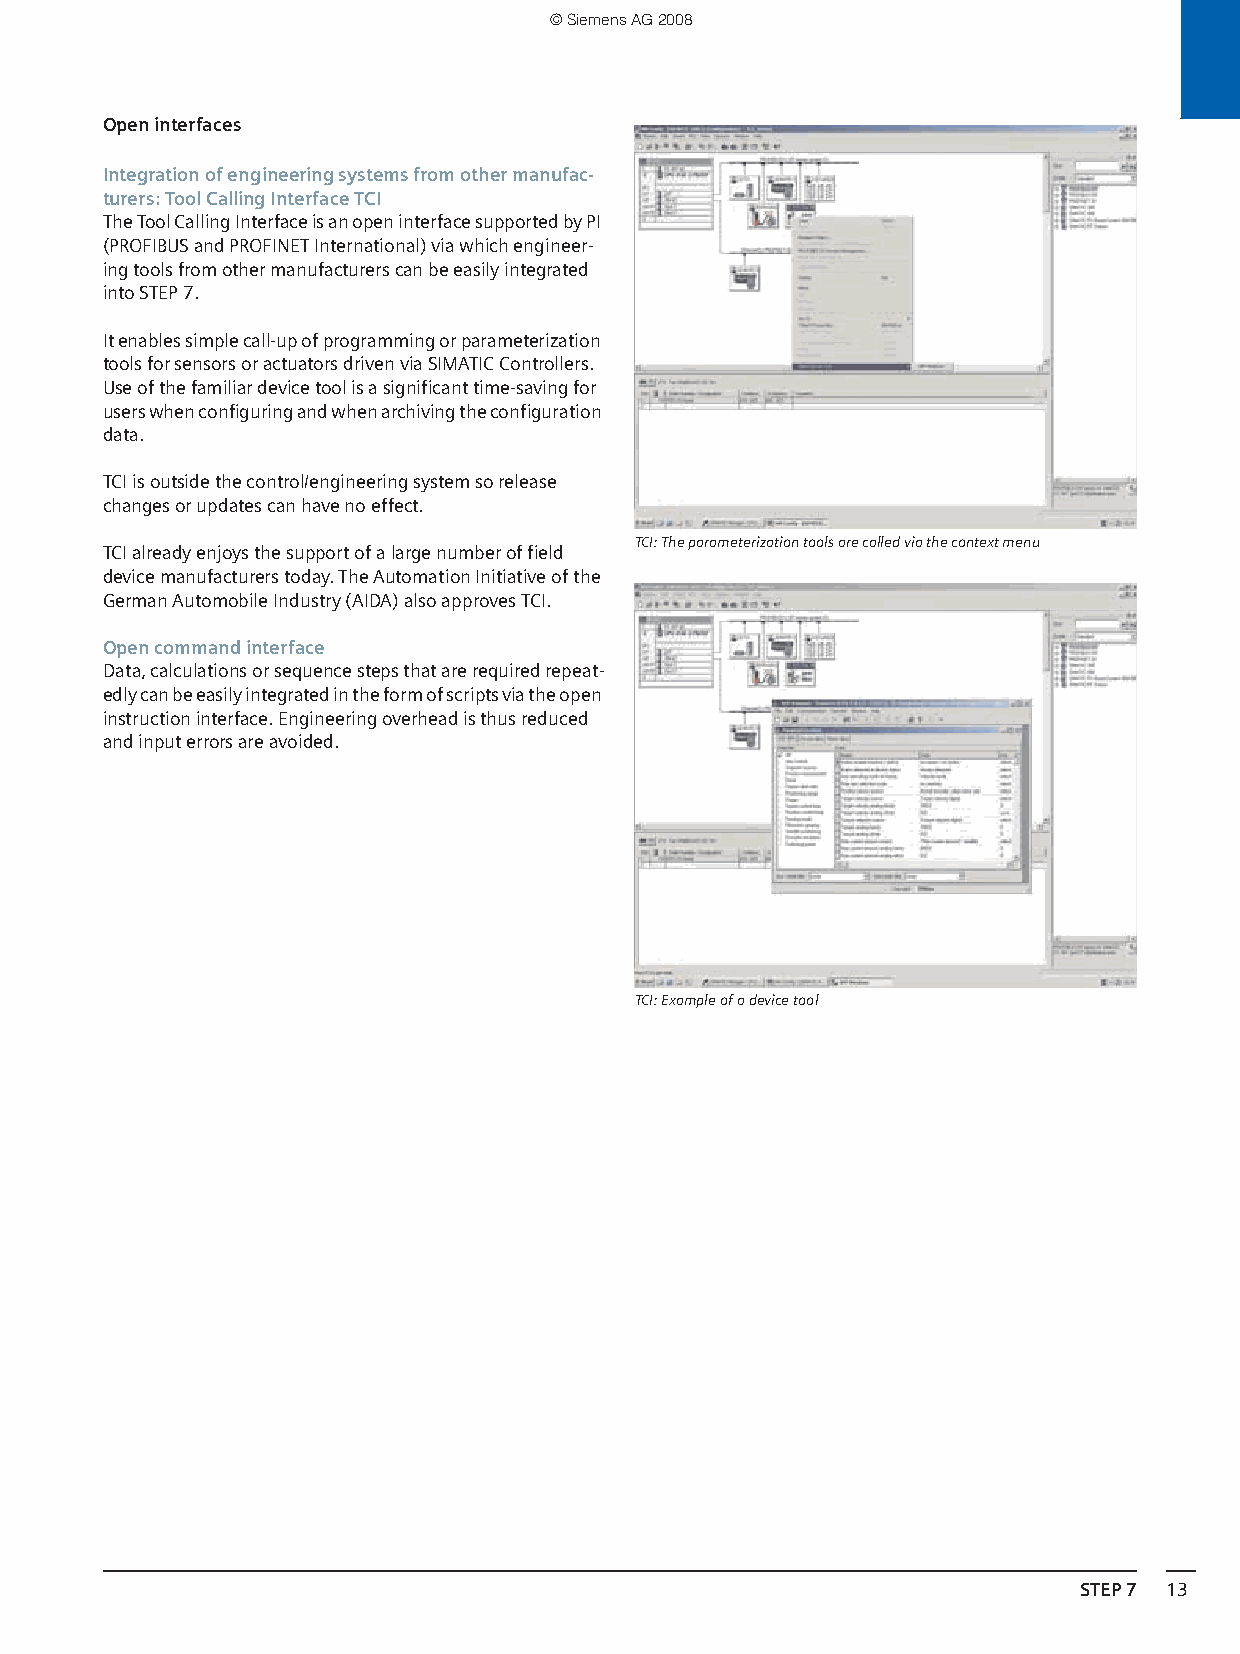
© Siemens AG 2008
 Open interfaces
 Integration of engineering systems from other manufac-
 turers: Tool Calling Interface TCI
 The Tool Calling Interface is an open interface supported by PI
 (PROFIBUS and PROFINET International) via which engineer-
 ing tools from other manufacturers can be easily integrated
 into STEP 7.
 It enables simple call-up of programming or parameterization
 tools for sensors or actuators driven via SIMATIC Controllers.
 Use of the familiar device tool is a significant time-saving for
 users when configuring and when archiving the configuration
 data.
 TCI is outside the control/engineering system so release
 changes or updates can have no effect.
 TCI: The parameterization tools are called via the context menu
 TCI already enjoys the support of a large number of field
 device manufacturers today. The Automation Initiative of the
 German Automobile Industry (AIDA) also approves TCI.
 Open command interface
 Data, calculations or sequence steps that are required repeat-
 edly can be easily integrated in the form of scripts via the open
 instruction interface. Engineering overhead is thus reduced
 and input errors are avoided.
 TCI: Example of a device tool
 STEP 7 13